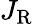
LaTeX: J_{\mathrm{R}}